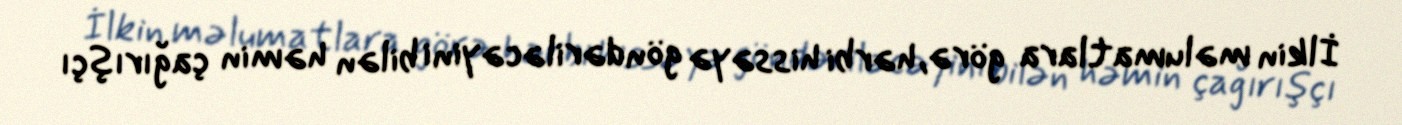
İlkin məlumatlara görə, hərbi hissəyə göndəriləcəyini bilən həmin çağırışçı